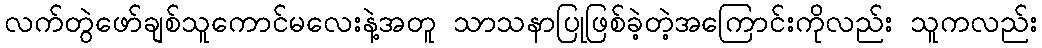
လက်တွဲဖော်ချစ်သူကောင်မလေးနဲ့အတူ သာသနာပြုဖြစ်ခဲ့တဲ့အကြောင်းကိုလည်း သူကလည်း